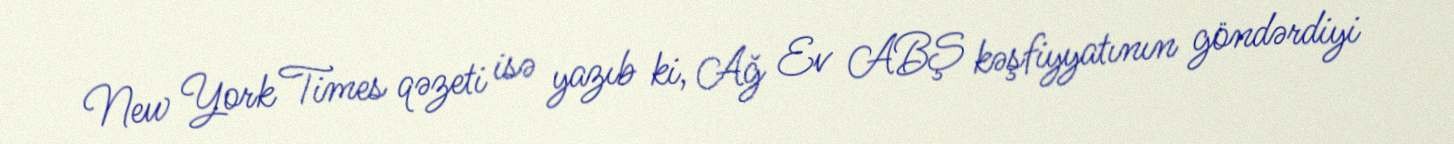
New York Times qəzeti isə yazıb ki, Ağ Ev ABŞ kəşfiyyatının göndərdiyi